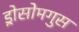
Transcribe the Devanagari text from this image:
ड्रोसोमगुस